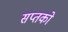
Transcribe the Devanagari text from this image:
सप्तको